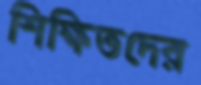
শিক্ষিতদের